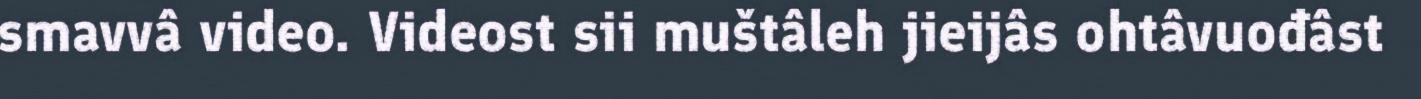
smavvâ video. Videost sii muštâleh jieijâs ohtâvuođâst